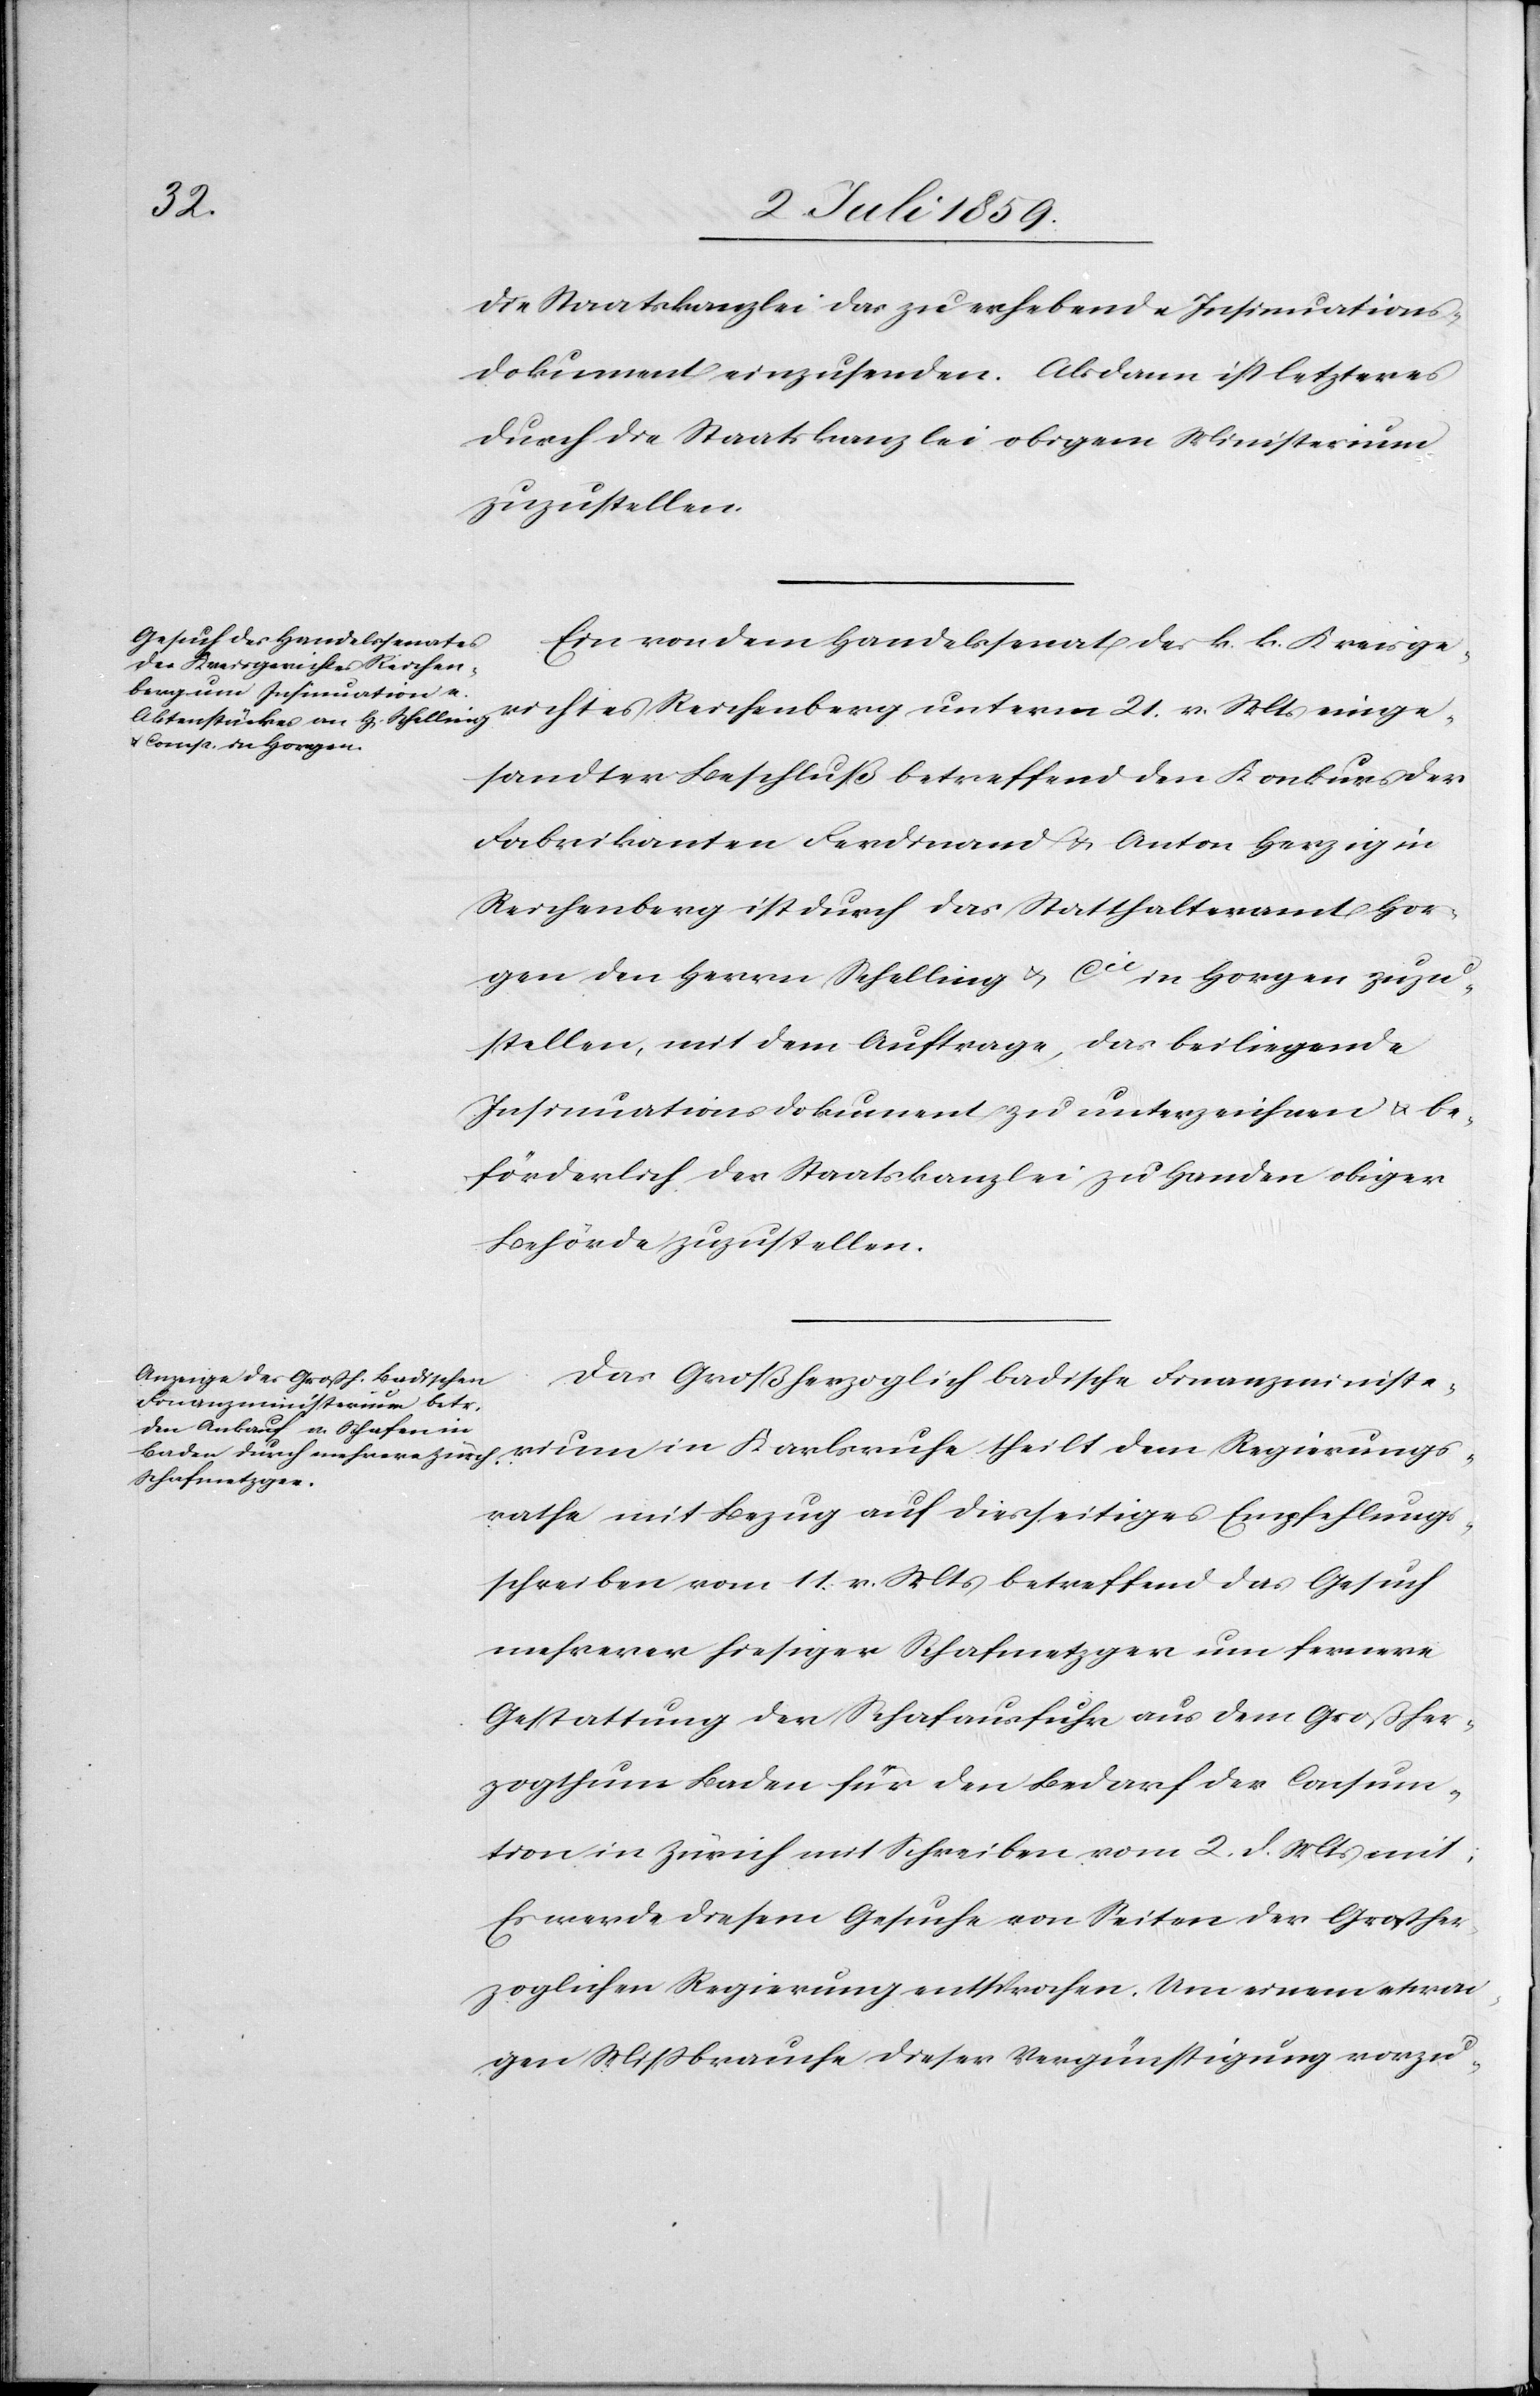
4. Juli 1859.]
die Staatskanzlei das zu erhebende Insinuations¬
dokument einzusenden. Alsdann ist letzteres
durch die Staatskanzlei bei obigem Ministerium
zuzustellen.
Ein von dem Handelssenat des k. k. Kreisge¬
richtes Reichenberg unterm 21. v. Mts. einge¬
he theilt dem Regierung¬
sandter Beschluß betreffend den Konkurs der
Fabrikanten Ferdinand u. Anton Herzig in
Reichenberg ist durch das Statthalteramt Hor¬
gen den Herrn Schelling u. Cie in Horgen zuzu¬
stellen, mit dem Auftrage, das beiliegende
Insinuationsdokument zu unterzeichnen u. be¬
förderlich der Staatskanzlei zu Handen obiger
Behörde zuzustellen.
Das Großherzoglich badische Finanzministe¬
srathe mit Bezug auf diesseitges Empfehlungs¬
schreiben vom 11. v. Mts. betreffend das Gesuch
mehrerer hiesiger Schafmetzger um fernere
Gestattung der Schafausfuhr aus dem Großher¬
zogthum Baden für den Bedarf der Consum¬
tion in Zürich mit Schreiben vom 2. d. Mts. mit:
Er werde diesem Gesuche von Seiten der Großher¬
zoglichen Regierung entsprechen. Um einem etwai¬
gen Mißbrauche dieser Vergünstigung vorzu-